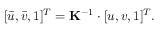
\begin{array} { r } { [ \bar { u } , \bar { v } , 1 ] ^ { T } = \mathbf { K } ^ { - 1 } \cdot [ u , v , 1 ] ^ { T } . } \end{array}